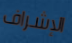
الإشراف